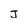
Character: J